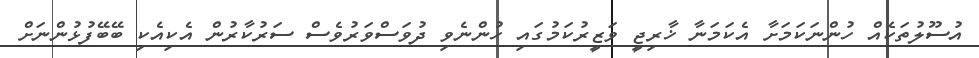
އުސޫލުތަކެއް ހުންނަކަމަށާ އެކަމަނާ ޚާރިޖީ ވަޒީރުކަމުގައި ހުންނެވި ދުވަސްވަރުވެސް ސަރުކާރުން އެކިއެކި ބޭބޭފުޅުންނަށް